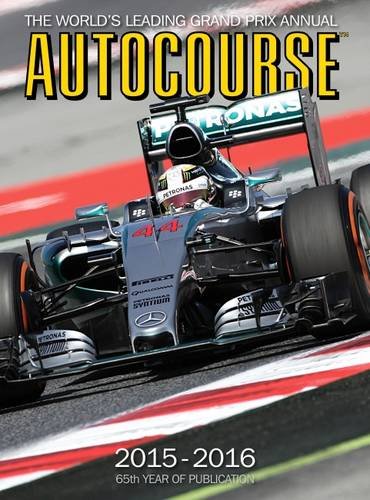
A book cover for Autocourse 2015-2016: The World's Leading Grand Prix Annual - 65th Year of Publication; Engineering & Transportation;